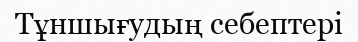
Тұншығудың себептері